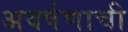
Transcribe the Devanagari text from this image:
अवर्षणाची